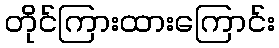
တိုင်ကြားထားကြောင်း